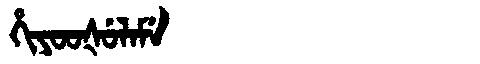
Manchu: ᡥᡳᠶᠣᠣᡧᡠᠯᠠᠮᡝ
Romanization: HIYOOŠULAME